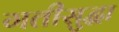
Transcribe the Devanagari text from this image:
गतीसुद्धा